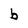
Character: b